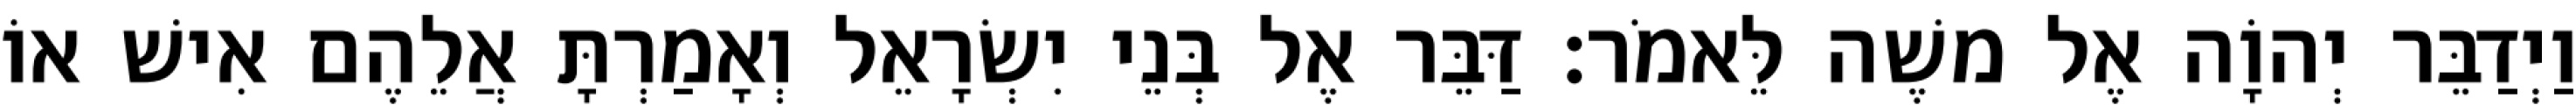
וַיְדַבֵּר יְהוָֹה אֶל משֶׁה לֵּאמֹר׃ דַּבֵּר אֶל בְּנֵי יִשְׂרָאֵל וְאָמַרְתָּ אֲלֵהֶם אִישׁ אוֹ